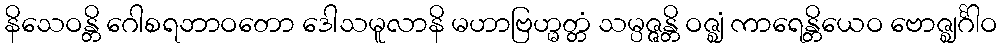
နိသေဝန္တိ ဂေါစရဘာဝတော ဒေါသမူလာနိ မဟာဗြဟ္မတ္တံ သမ္ပဇ္ဇန္တိ ဝဇ္ဈံ ကာရေန္တိယေဝ ဗောဇ္ဈင်္ဂါဝ